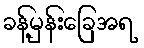
ခန့်မှန်းခြေအရ